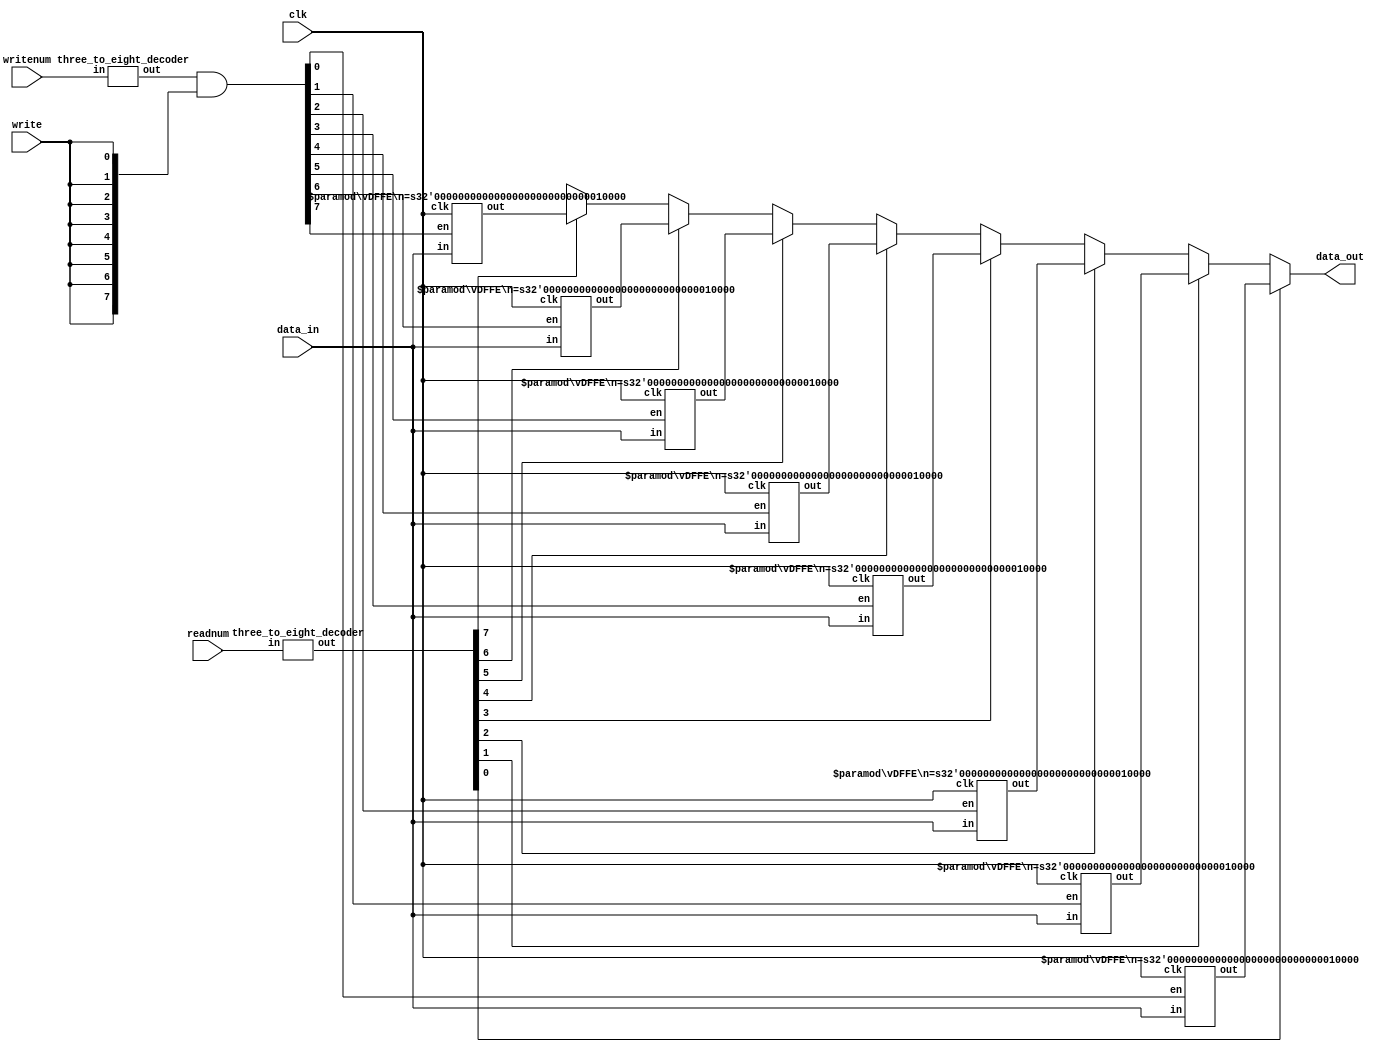
module regfile(data_in, writenum, write, readnum, clk, data_out);
    input [15:0] data_in;
    input [2:0] writenum, readnum;
    input write, clk;
    output [15:0] data_out;
    reg [15:0] data_out;

    wire [7:0] onehot_writenum, onehot_readnum, load_enable;
    wire [15:0] R0, R1, R2, R3, R4, R5, R6, R7;

    // 3 to 8 decoder for the top and bottom decoder
    three_to_eight_decoder top(writenum, onehot_writenum);
    three_to_eight_decoder bot(readnum, onehot_readnum);
    
    // Bitwise and between 1 hot representation of write num and write
    assign load_enable = onehot_writenum & {8{write}};

    // Determining the values for register 0 to 7
    vDFFE #(16) R0_out(clk, load_enable[0], data_in, R0);
    vDFFE #(16) R1_out(clk, load_enable[1], data_in, R1);
    vDFFE #(16) R2_out(clk, load_enable[2], data_in, R2);
    vDFFE #(16) R3_out(clk, load_enable[3], data_in, R3);
    vDFFE #(16) R4_out(clk, load_enable[4], data_in, R4);
    vDFFE #(16) R5_out(clk, load_enable[5], data_in, R5);
    vDFFE #(16) R6_out(clk, load_enable[6], data_in, R6);
    vDFFE #(16) R7_out(clk, load_enable[7], data_in, R7);

    // Multiplexer to determing which register is to be read
    always @(*) begin
        if (onehot_readnum[0] == 1'b1) begin
            data_out = R0;
        end else if (onehot_readnum[1] == 1'b1) begin
            data_out = R1;          
        end else if (onehot_readnum[2] == 1'b1) begin
            data_out = R2;
        end else if (onehot_readnum[3] == 1'b1) begin
            data_out = R3;
        end else if (onehot_readnum[4] == 1'b1) begin
            data_out = R4;
        end else if (onehot_readnum[5] == 1'b1) begin
            data_out = R5;
        end else if (onehot_readnum[6] == 1'b1) begin
            data_out = R6;
        end else if (onehot_readnum[7] == 1'b1) begin
            data_out = R7;
        end else begin
            data_out = {16{1'bx}};
        end
    end
endmodule

module three_to_eight_decoder(in, out);
    input [2:0] in;
    output [7:0] out;
    reg [7:0] out;

    always @(*) begin
        if (in == 3'b000) begin
            out = 8'b0000001;
        end else if (in == 3'b001) begin
            out = 8'b00000010;
        end else if (in == 3'b010) begin
            out = 8'b00000100;
        end else if (in == 3'b011) begin
            out = 8'b00001000;
        end else if (in == 3'b100) begin
            out = 8'b00010000;
        end else if (in == 3'b101) begin
            out = 8'b00100000;
        end else if (in == 3'b110) begin
            out = 8'b01000000;
        end else if (in == 3'b111) begin
            out = 8'b10000000;
        end else begin
            out = 8'bxxxxxxxx;
        end
    end
endmodule

module vDFFE(clk, en, in, out);
    parameter n = 1; // Width
    input clk, en;
    input [n-1:0] in;
    output [n-1:0] out;
    reg [n-1:0] out;
    wire [n-1:0] next_out;

    assign next_out = en ? in: out;

    always @(posedge clk) begin
        out = next_out;
    end
endmodule